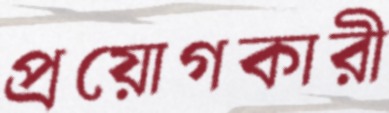
প্রয়োগকারী